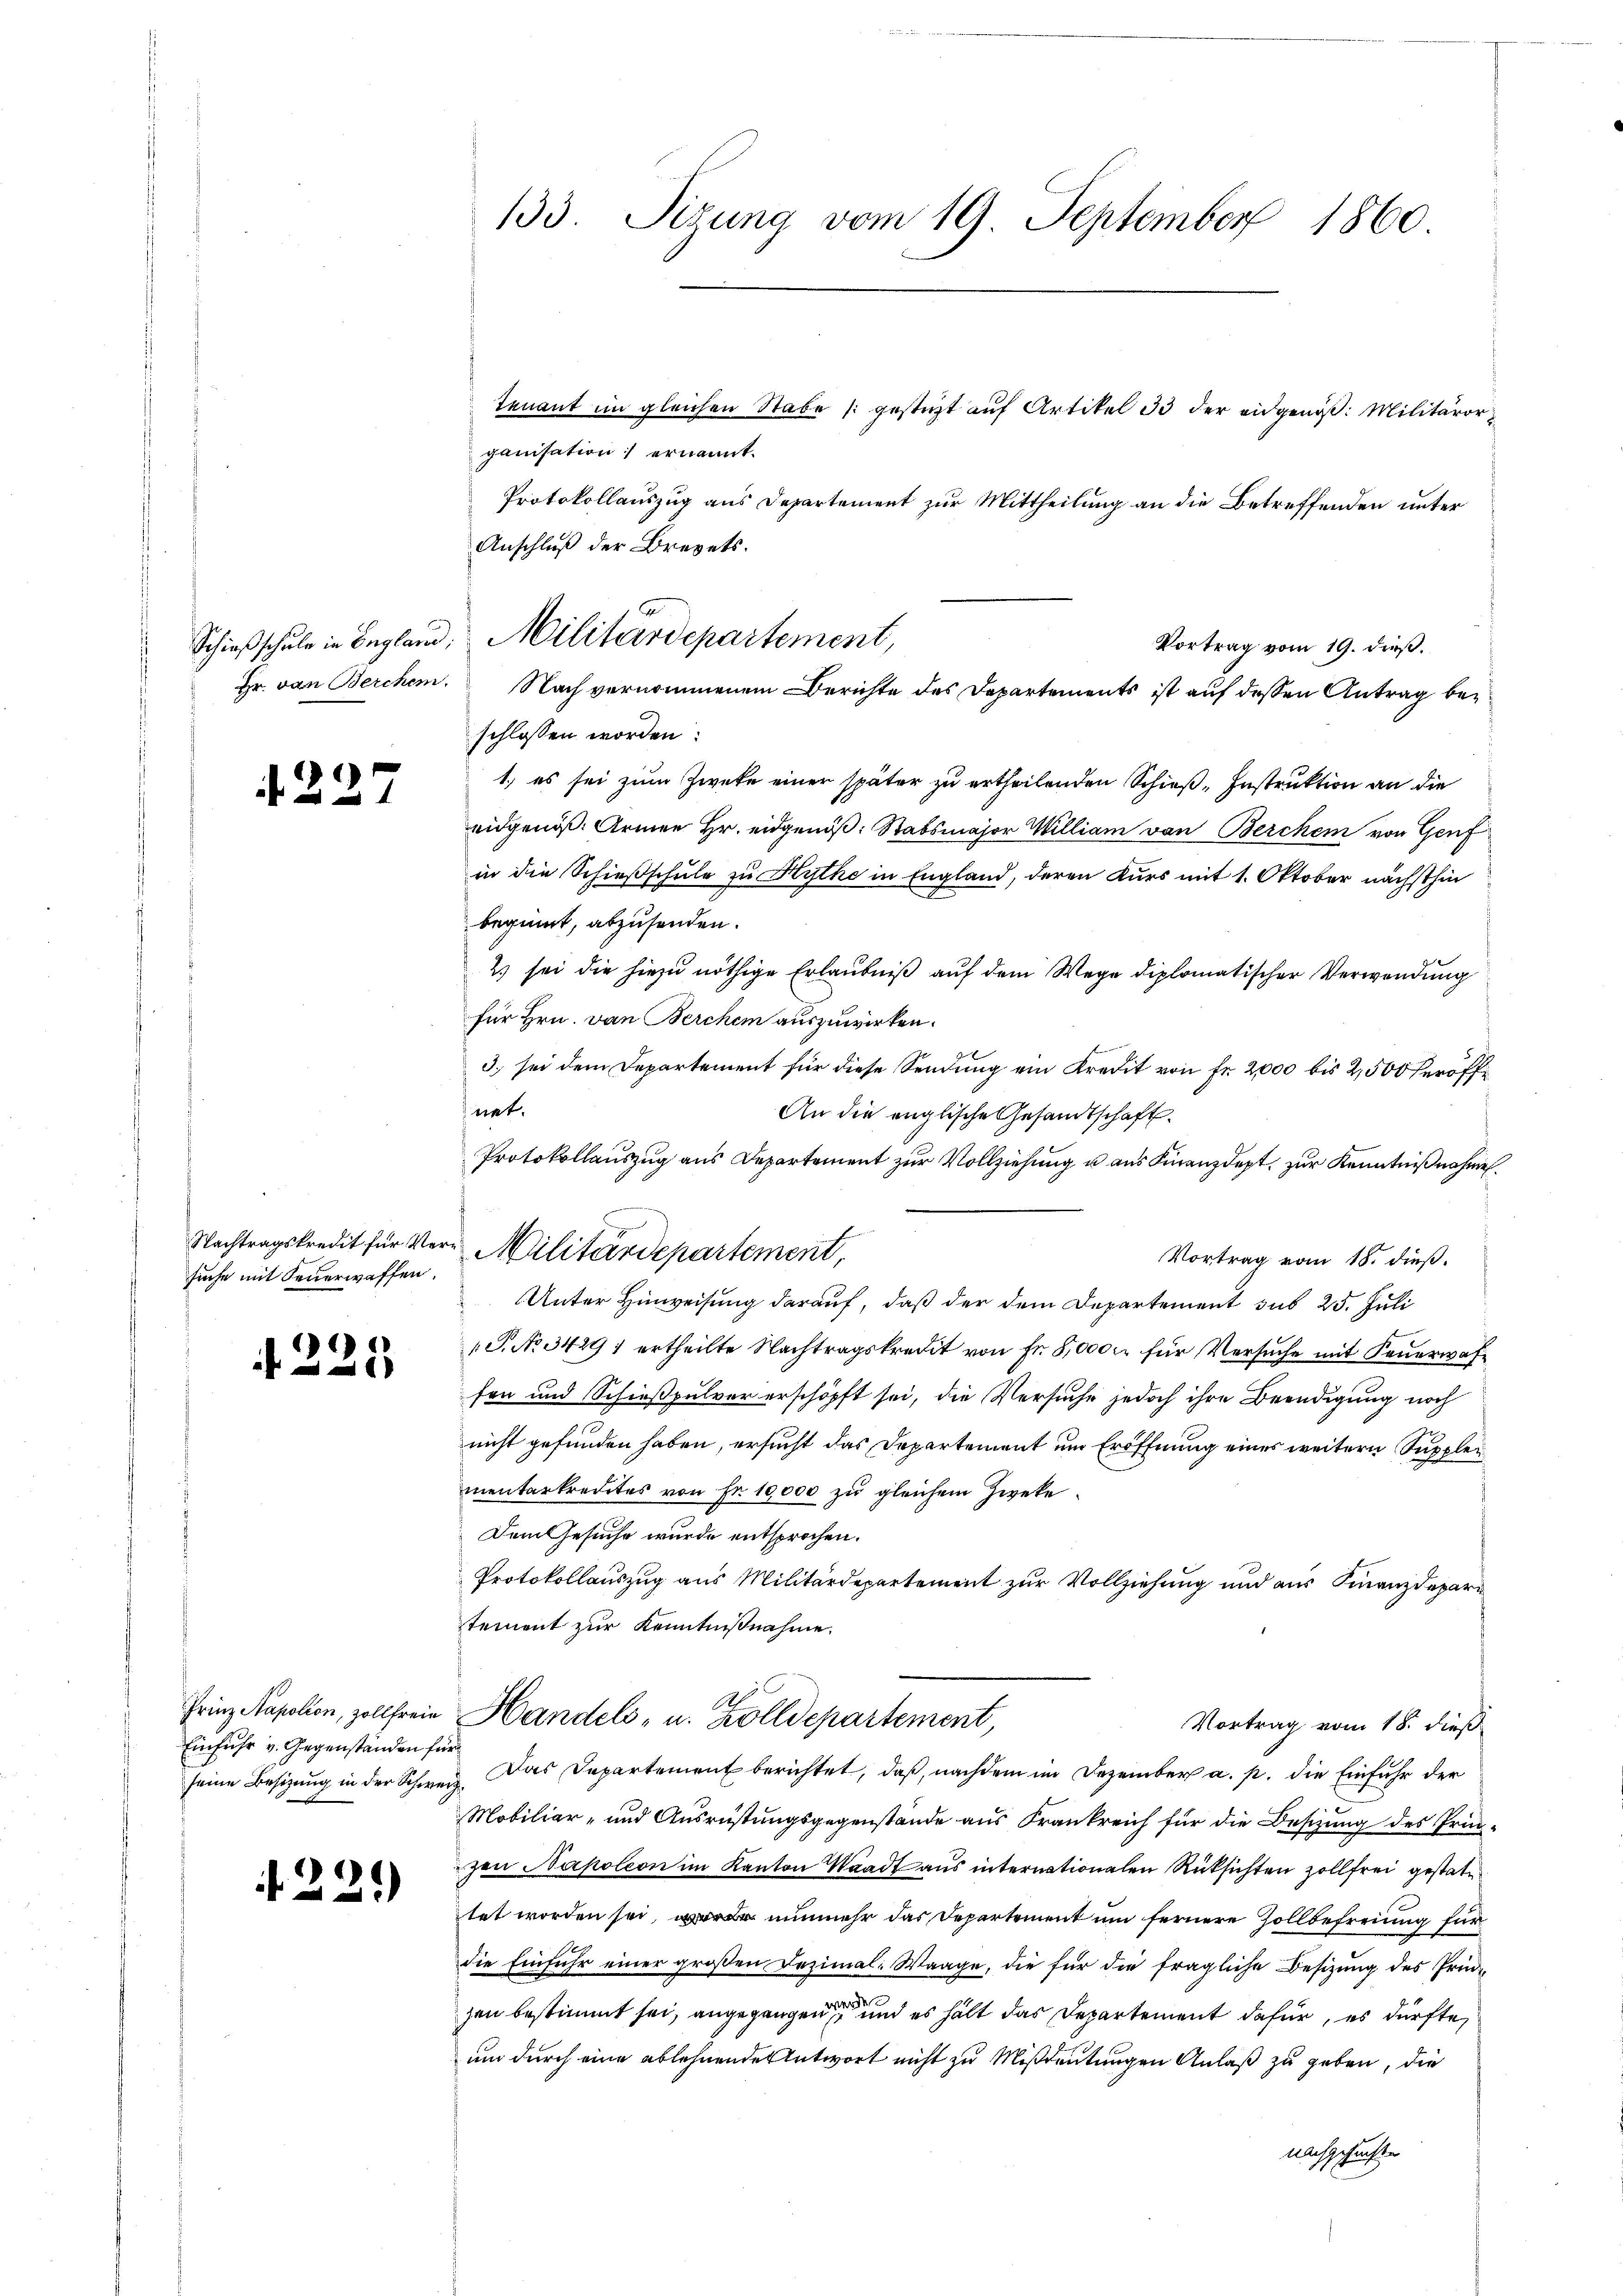
22

suche mit Feuerwaffen.

61)

Einfuhr v. Gegenständen für

229)

133. Sizung vom 19. September 1860.

tenant im gleichen Stabe gesteht auf Artikel 33 der eidgenöß: Militäror
ganisation ernannt.
Protokollauszug aus Departement zur Mittheilung an die Betreffenden unter
Anschluß der Brevets.
Vortrag vom 19. dieß.
Hr. von Berchen. Nach vernommenem Berichte des Departements ist auf dessen Antrag bez
schlossen worden:
1.) es sei zum Zweke einer später zu ertheilenden Schieß-Instruktion an die
eidgenöß. Armen Hr. eidgenöß: Stabsmajor William von Berchen von Genf
in die Schießschule zu Hythe in England, deren Kurs mit 1. Oktober nächsthin
beginnt, abzusenden.
2) sei die hiezu nöthige Erlaubniß auf dem Wege diplomatischer Verwendung
für Hrn. von Berchen auszuwirken.
3) sei dem Departement für diese Sendung ein Kredit von Fr. 2,000 bis 2,500 eröffnet.
An die englische Gesandtschaft.
Protokollauszug aus Departement zur Vollziehung u aus Finanzdept, zur Kenntnißnahmen.
Nachtragskredit für Ver-Militärdepartement,
Vortrag vom 18. dieß.
Unter Hinweisung darauf, daß der dem Departement sub 25. Juli
S. No. 34291 ertheilte Nachtragskredit von Fr. 8,000 xr für Versuche mit Feuerwahfen und Schießpulver erschöpft sei, die Versuche jedoch ihre Beendigung noch
nicht gefunden haben, ersucht das Departement um Eröffnung eines weitern Suppler
mentarkredites von Fr. 10,000 zu gleichem Zweke
Dem Gesuche wurde entsprochen.
Protokollauszug aus Militärdepartement zur Vollziehung und aus Finanzdepartement zur Kenntnißnahme.
Al
Frinz Napolion, zollfreie Handels- u. Zolldepartement,
Vortrag vom 18. dieß
seine Besizung in der Schweiz. Das Departement berichtet, daß, nachdem im Dezember a. p. die Einfuhr der
Mobiliar- und Ausrüstungsgegenstände aus Frankreich für die Besizung des Prin-
zen Napoleon im Kanton Waadt aus internationalen Rüksichten zollfrei gestate
tet worden sei, nunmehr das Departement um fernere Zollbefreiung für
die Einfuhr einer groβen Dezimal-Waage, die für die fragliche Besizung des Prüzen bestimmt sei, angegangen und es hält das Departement dafür, es dürfte,
um durch eine ablehnende Antwort nicht zu Mißdeutungen Anlaß zu geben, die
nachgesuchte

Schießschule in England, Militärdepartement,